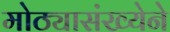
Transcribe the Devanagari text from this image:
मोठ्यासंख्येने